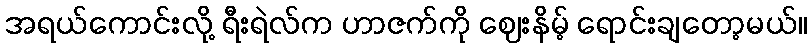
အရယ်ကောင်းလို့ ရီးရဲလ်က ဟာဇက်ကို ဈေးနိမ့် ရောင်းချတော့မယ်။